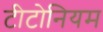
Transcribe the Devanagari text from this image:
टीटोनियम